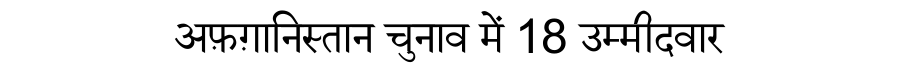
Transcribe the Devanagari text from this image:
अफ़ग़ानिस्तान चुनाव में 18 उम्मीदवार